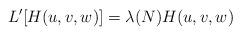
LaTeX: \begin{align*}L^{\prime }[H(u,v,w)]=\lambda (N)H(u,v,w)\end{align*}